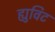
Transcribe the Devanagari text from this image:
ह्युविट